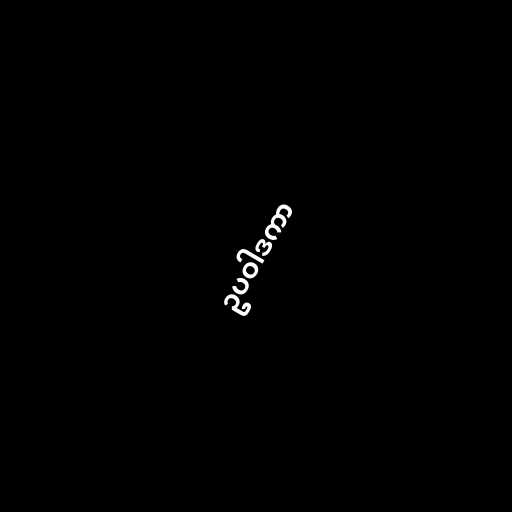
ဥပဝါဒကာ